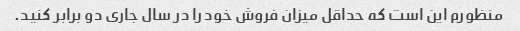
منظورم این است که حداقل میزان فروش خود را در سال جاری دو برابر کنید.